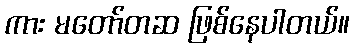
ကား မတော်တဆ ဖြစ်နေပါတယ်။